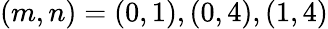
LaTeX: (m,n)=(0,1),(0,4),(1,4)